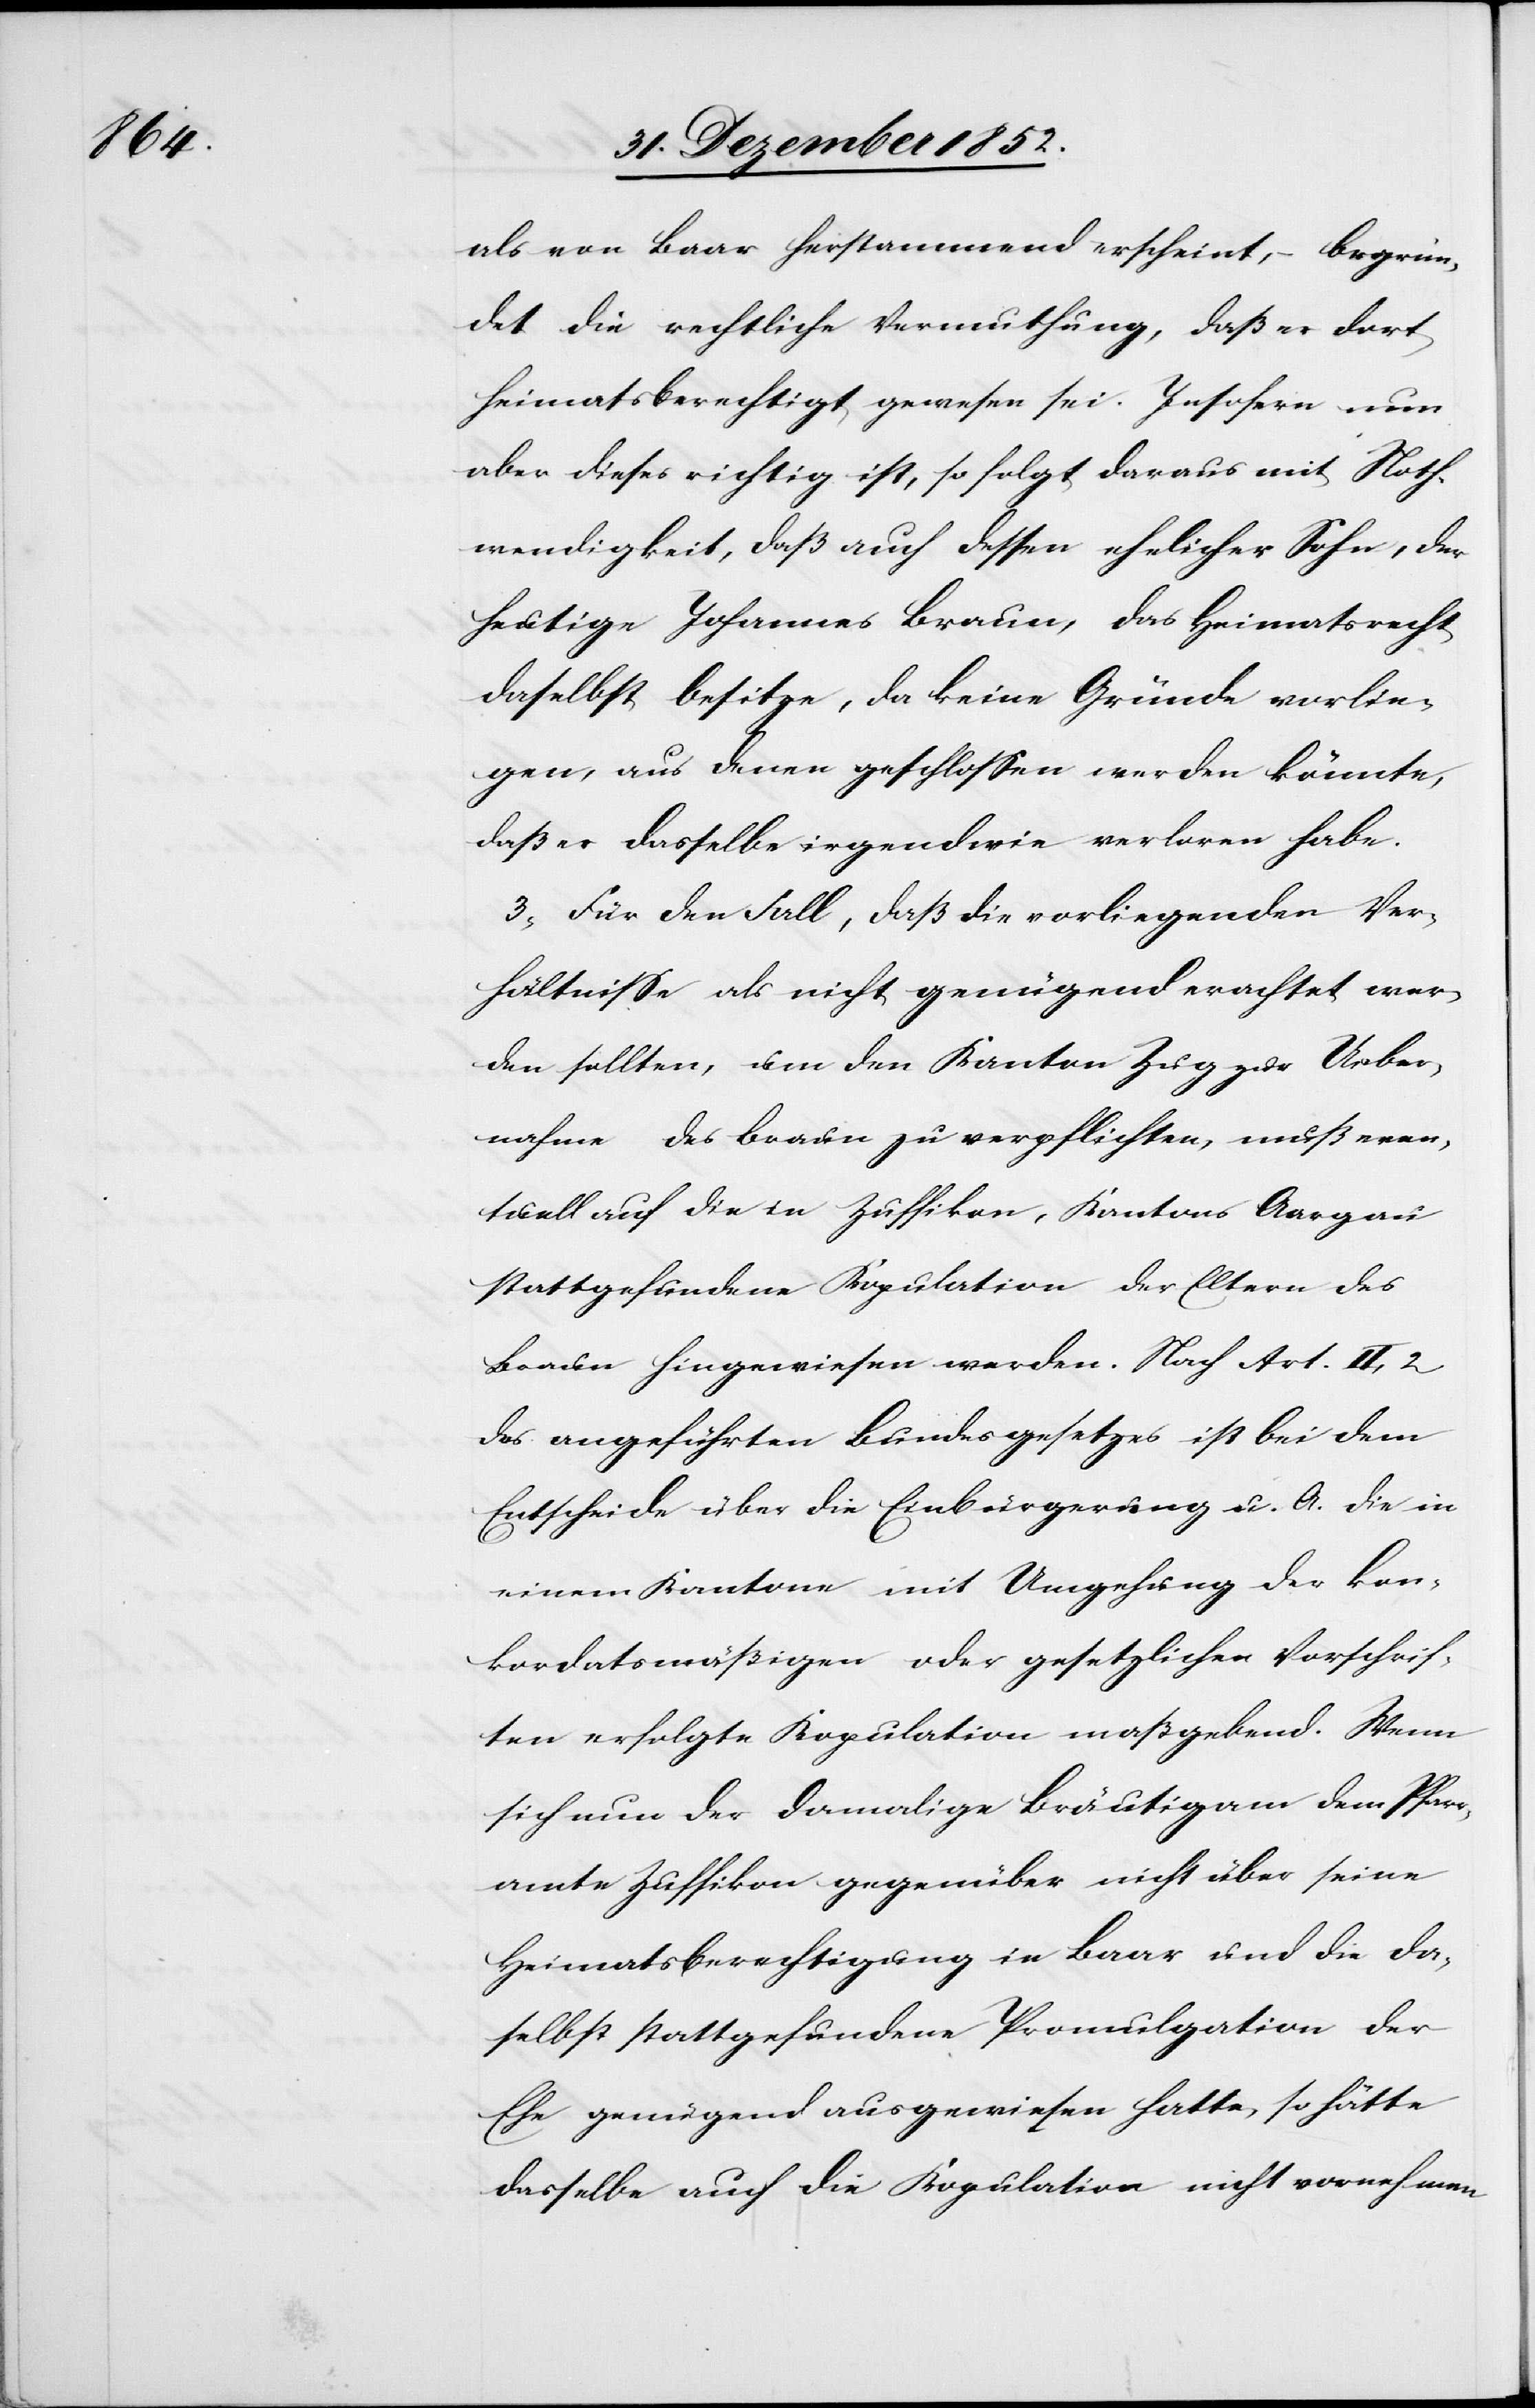
als von Baar herstammend erscheint, – begrün¬
det die rechtliche Vermuthung, daß er dort
heimatsberechtigt gewesen sei. Insofern nun
aber dieses richtig ist, so folgt daraus mit Noth¬
wendigkeit, daß auch dessen ehelicher Sohn, der
heutige Johannes Braun, das Heimatsrecht
daselbst besitze, da keine Gründe vorlie¬
gen, aus denen geschlossen werden könnte,
daß er dasselbe irgendwie verloren habe.
3, Für den Fall, daß die vorliegenden Ver¬
hältnisse als nicht genügend erachtet wer¬
den sollten, um den Kanton Zug zur Ueber¬
nahme des Braun zu verpflichten, muß even¬
tuell auf die in Zuffikon, Kantons Aargau
stattgefundene Kopulation der Eltern des
Braun hingewiesen werden. Nach Art. II, 2
des angeführten Bundesgesetzes ist bei dem
Entscheide über die Einbürgerung u. A. die in
einem Kantone mit Umgehung der kon¬
kordatsmäßigen oder gesetzlichen Vorschrif¬
ten erfolgte Kopulation maßgebend. Wenn
sich nun der damalige Bräutigam dem Pfarr¬
amte Zuffikon gegenüber nicht über seine
Heimatsberechtigung in Baar und die da¬
selbst stattgefundene Promulgation der
Ehe genügend ausgewiesen hatte, so hätte
dasselbe auch die Kopulation nicht vornehmen